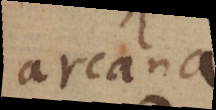
arcana